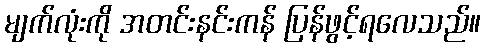
မျက်လုံးကို အတင်းနင်းကန် ပြန်ဖွင့်ရလေသည်။